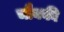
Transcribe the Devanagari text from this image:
चौक्की